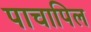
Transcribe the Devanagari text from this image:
पाचापिल